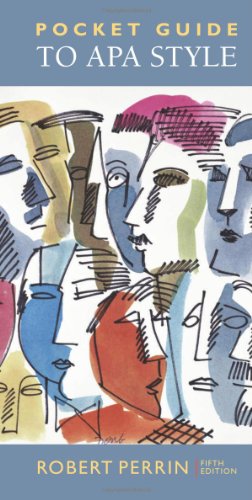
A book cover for Pocket Guide to APA Style; Robert Perrin; Medical Books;